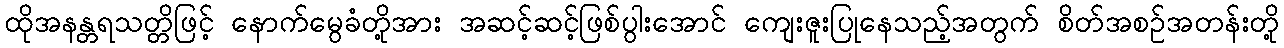
ထိုအနန္တရသတ္တိဖြင့် နောက်မွေခံတို့အား အဆင့်ဆင့်ဖြစ်ပွါးအောင် ကျေးဇူးပြုနေသည့်အတွက် စိတ်အစဉ်အတန်းတို့